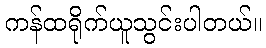
ကန်ထရိုက်ယူသွင်းပါတယ်။